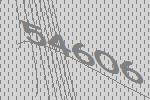
54606